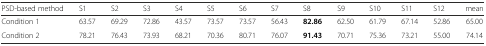
<table><thead><tr><td><b>PSD-based method</b></td><td><b>S1</b></td><td><b>S2</b></td><td><b>S3</b></td><td><b>S4</b></td><td><b>S5</b></td><td><b>S6</b></td><td><b>S7</b></td><td><b>S8</b></td><td><b>S9</b></td><td><b>S10</b></td><td><b>S11</b></td><td><b>S12</b></td><td><b>mean</b></td></tr></thead><tbody><tr><td>Condition 1</td><td>63.57</td><td>69.29</td><td>72.86</td><td>43.57</td><td>73.57</td><td>73.57</td><td>56.43</td><td><b>82.86</b></td><td>62.50</td><td>61.79</td><td>67.14</td><td>52.86</td><td>65.00</td></tr><tr><td>Condition 2</td><td>78.21</td><td>76.43</td><td>73.93</td><td>68.21</td><td>70.36</td><td>80.71</td><td>76.07</td><td><b>91.43</b></td><td>70.71</td><td>75.36</td><td>73.21</td><td>55.00</td><td>74.14</td></tr></tbody></table>